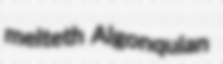
melteth Algonquian